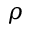
\rho